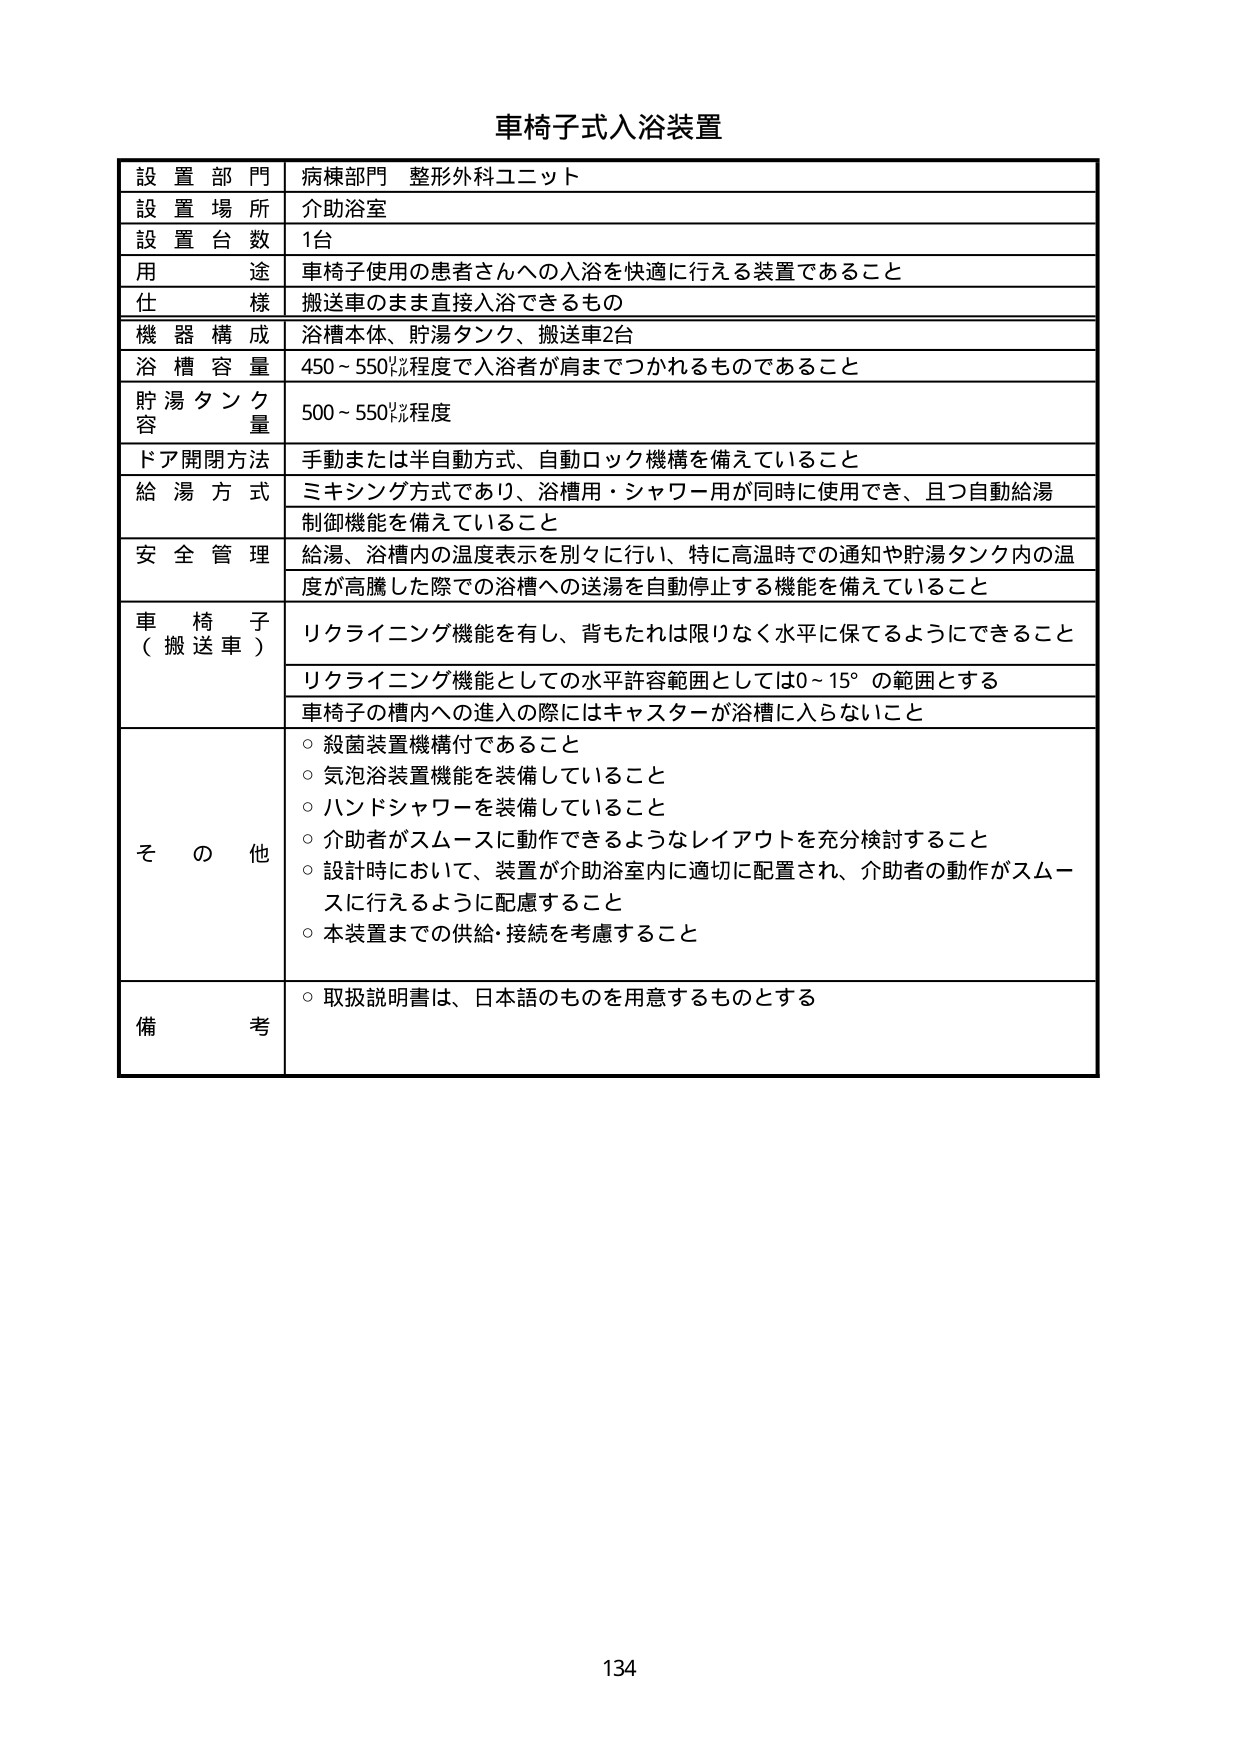
車椅子式入浴装置

設置部門 病棟部門 整形外科ユニット
設置場所 介助浴室
設置台数 1台
用途 車椅子使用の患者さんへの入浴を快適に行える装置であること
仕様 搬送車のまま直接入浴できるもの
機器構成 浴槽本体、貯湯タンク、搬送車2台
浴槽容量 450～550㍑程度で入浴者が肩までつかれるものであること
貯湯タンク容量 500～550㍑程度
ドア開閉方法 手動または半自動方式、自動ロック機構を備えていること
給湯方式 ミキシング方式であり、浴槽用・シャワー用が同時に使用でき、且つ自動給湯制御機能を備えていること
安全管理 給湯、浴槽内の温度表示を別々に行い、特に高温時での通知や貯湯タンク内の温度が高騰した際での浴槽への送湯を自動停止する機能を備えていること
車椅子（搬送車） リクライニング機能を有し、背もたれは限りなく水平に保てるようにできること
リクライニング機能としての水平許容範囲としては0～15°の範囲とする
車椅子の槽内への進入の際にはキャスターが浴槽に入らないこと
その他 ○ 殺菌装置機構付であること
○ 気泡浴装置機能を装備していること
○ ハンドシャワーを装備していること
○ 介助者がスムースに動作できるようなレイアウトを充分検討すること
○ 設計時において、装置が介助浴室内に適切に配置され、介助者の動作がスムースに行えるように配慮すること
○ 本装置までの供給・接続を考慮すること
備考 ○ 取扱説明書は、日本語のものを用意するものとする

134